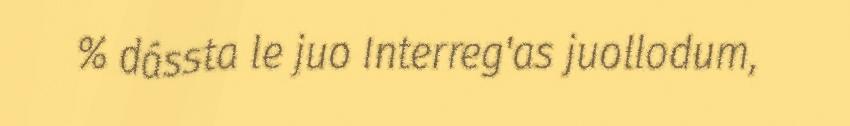
% dássta le juo Interreg'as juollodum,